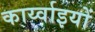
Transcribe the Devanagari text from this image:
कार्य्वाइयों